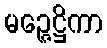
မဉ္ဇေဋ္ဌိကာ